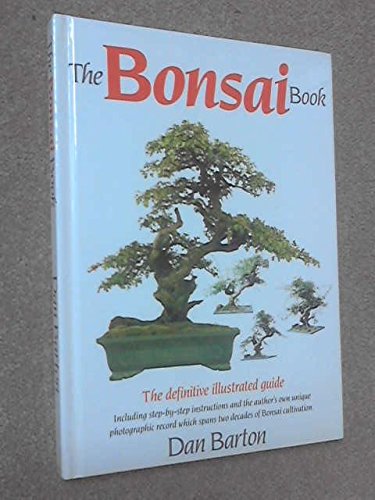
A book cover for THE BONSAI BOOK.; DAN. BARTON; Crafts, Hobbies & Home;